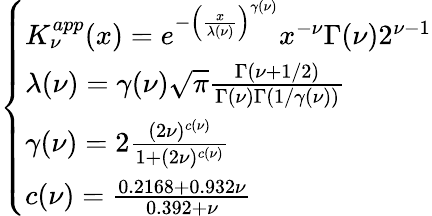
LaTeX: \begin{array}{r}{\left\{ \begin{array}{ll}{K_{\nu}^{app}(x)=e^{-\left(\frac{x}{\lambda(\nu)}\right)^{\gamma(\nu)}}x^{-\nu}\Gamma(\nu)2^{\nu-1}}\\ {\lambda(\nu)=\gamma(\nu)\sqrt{\pi}\frac{\Gamma(\nu+1/2)}{\Gamma(\nu)\Gamma(1/\gamma(\nu))}}\\ {\gamma(\nu)=2\frac{(2\nu)^{c(\nu)}}{1+(2\nu)^{c(\nu)}}}\\ {c(\nu)=\frac{0.2168+0.932\nu}{0.392+\nu}}\end{array}\right.}\end{array}